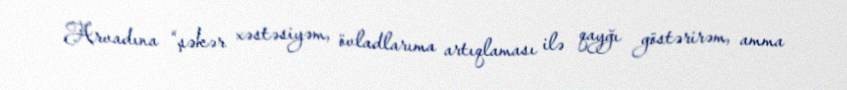
Arvadına “şəkər xəstəsiyəm, övladlarıma artıqlaması ilə qayğı göstərirəm, amma